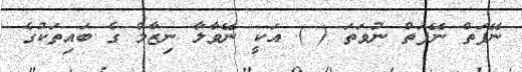
ނޭފަތް ނޭފަތް ނުވަތަ ( ) އަކީ ނޭވާލާ ނިޒާމް ގެ ބައިތަކުގެ